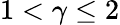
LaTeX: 1<\gamma\leq 2